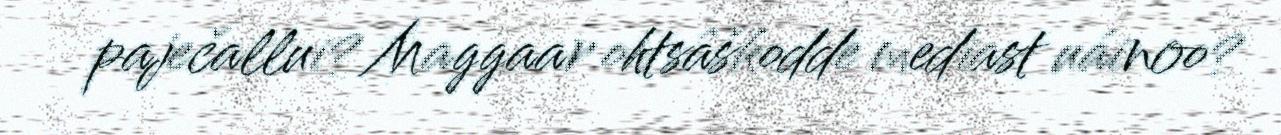
paječallui? Maggaar ohtsâškodde mediast uáinoo?